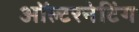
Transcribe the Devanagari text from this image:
ऑल्टरनेटिंग